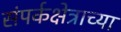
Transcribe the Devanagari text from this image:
संपर्कक्षेत्राच्या